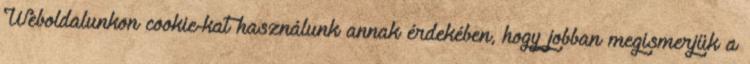
Weboldalunkon cookie-kat használunk annak érdekében, hogy jobban megismerjük a